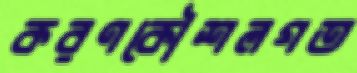
করণকৌশলগত